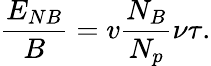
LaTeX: \frac{E_{NB}}{B}=v\frac{N_{B}}{N_{p}}\nu\tau.